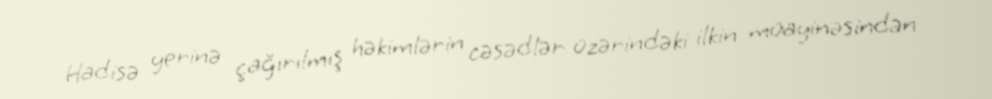
Hadisə yerinə çağırılmış həkimlərin cəsədlər üzərindəki ilkin müayinəsindən